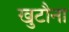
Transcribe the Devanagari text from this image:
खुटौना